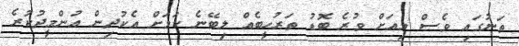
ތަނުގައި ވެސް މިއަށް ވުރެ ބޮޑު ތަރުހީބެއް ލިބޭނެ ކަމަށް އެކުދިން އުންމީދުކުރެ